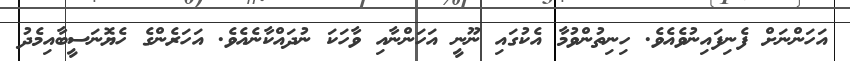
އަހަންނަށް ފެނިފައިނުވެއެވެ. ހިނިތުންވުމާ އެކުގައި ނޫނީ އަހަންނާއި ވާހަކަ ނުދައްކާނެއެވެ. އަހަރެންގެ ހެޔޮނަސީބާއިމެދު